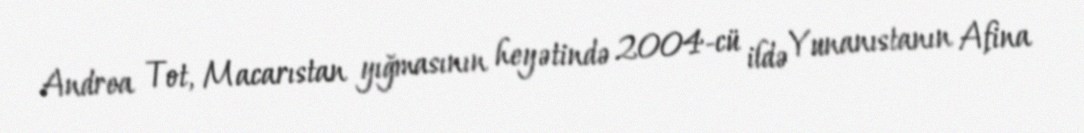
Andrea Tot, Macarıstan yığmasının heyətində 2004-cü ildə Yunanıstanın Afina